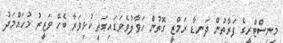
މިނިސްޓްރީގެ ފަރާތުން ދަނޑާ ރަމްޒީ ގޮތުން ހަވާލުވެވަޑައިގަތީ ކުޅިވަރާ ބެހޭ ވަޒީރު މުހައްމަދު